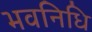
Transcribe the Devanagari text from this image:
भवनिधि